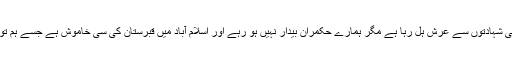
کشمیری بچوں کی شہادتوں سے عرش ہل رہا ہے مگر ہمارے حکمران بیدار نہیں ہو رہے اور اسلام آباد میں قبرستان کی سی خاموش ہے جسے ہم توڑنے آ رہے ہیں۔